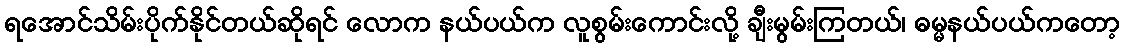
ရအောင်သိမ်းပိုက်နိုင်တယ်ဆိုရင် လောက နယ်ပယ်က လူစွမ်းကောင်းလို့ ချီးမွမ်းကြတယ်၊ ဓမ္မနယ်ပယ်ကတော့